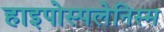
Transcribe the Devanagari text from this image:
हाइपोस्पलेनिस्म